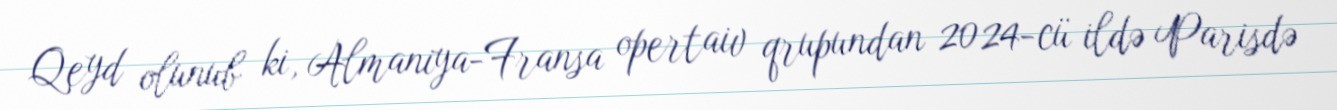
Qeyd olunub ki, Almaniya-Fransa opertaiv qrupundan 2024-cü ildə Parisdə